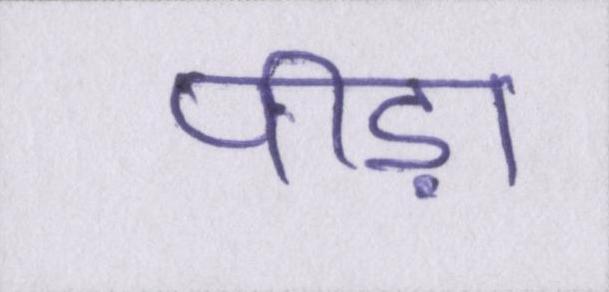
पीड़ा